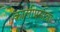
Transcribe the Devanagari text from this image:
कालीप्रसान्ना